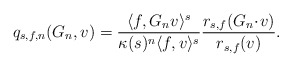
\begin{align*}q_{s,f,n}(G_n, v)= \frac{\langle f,G_n v \rangle^s}{\kappa(s)^n \langle f, v \rangle^s}\frac{r_{s,f} (G_n \!\cdot\! v )}{r_{s,f}(v)}.\end{align*}